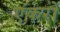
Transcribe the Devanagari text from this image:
एंकरों